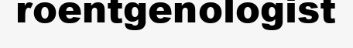
roentgenologist